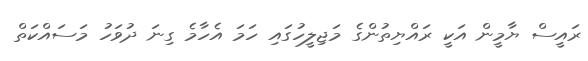
ރައީސް ޔާމީން އަކީ ރައްޔިތުންގެ މަޖިލީހުގައި ހަމަ އެހާމެ ގިނަ ދުވަހު މަސައްކަތް